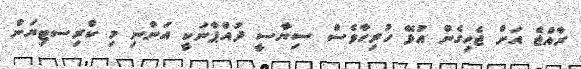
ރާއްޖެ އަށް ޖެހިގެން އުޅޭ ހުރިހާވެސް ސިޔާސީ ދުއްޕާނަކީ އަންނި މި ކްރިސޓިޔަން